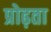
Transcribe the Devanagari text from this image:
प्रोढ़ता